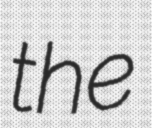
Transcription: the